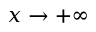
x \to + \infty